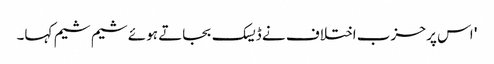
' اس پر حزب اختلاف نے ڈیسک بجاتے ہوئے شیم شیم کہا۔